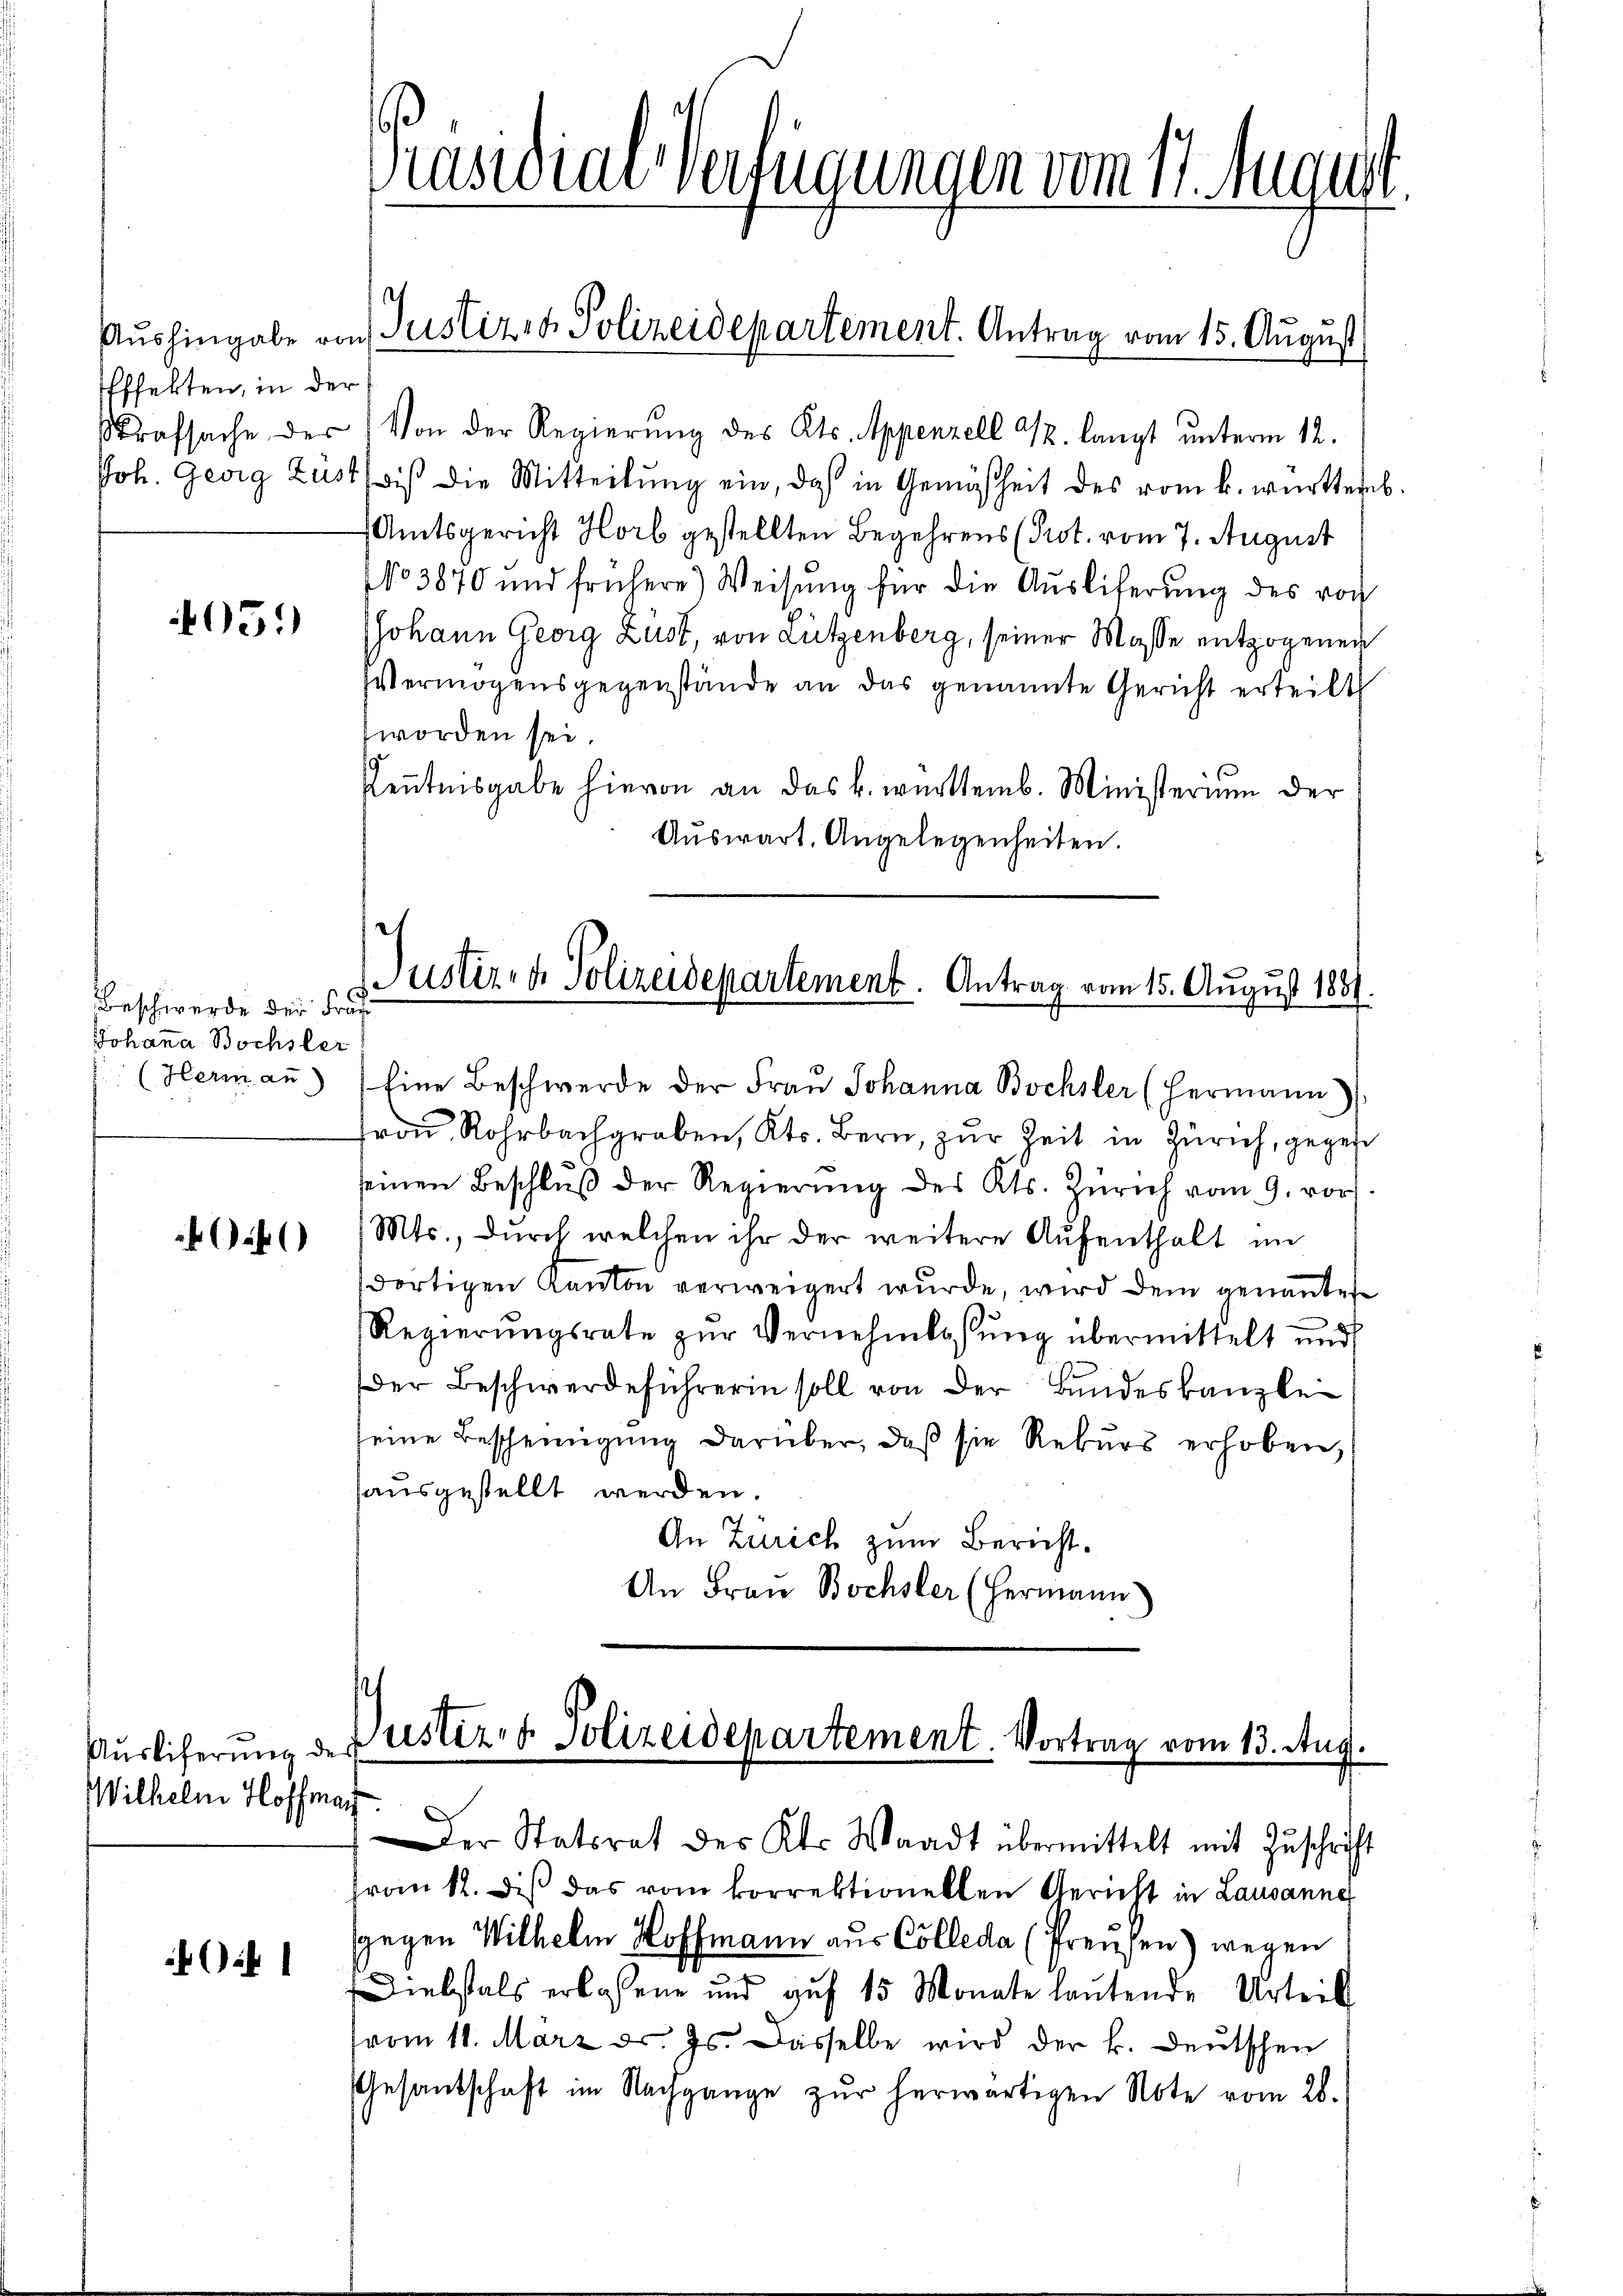
fffekten, in der

051)

Beschwerde der Fra
Johanna Bochsler

)

Auslieferung der
Wilhelm Hoffman

if 1

Präsidial-Verfügungen vom 11. August.

Strafsache der Von der Regierŭng des Kts. Appenzell u. langt unterm 12.
Joh. Georg Lust bis die Mitteilŭng ein, daß in Gemäßheit des vom k. württemb.
Amtsgericht Horb gestellten Begehrens (Prot. vom 7. August
NNo 3870 und frühere Weisŭng für die Aŭsliferŭng des von
JJohann Georg Lust, von Lützenberg, seiner Masse entzogenen
Vermögensgegenstände an das genannte Gericht erteilt
worden sei.
Kenntnisgabe hievon an das k. württemb. Ministerium der
Aŭswart. Angelegenheiten.

Aŭshingabe von Justiz- & Polizeidepartement. Antrag vom 15. August

Fron Rohrbachgraben, Kts. Bern, zur Zeit in Zürich, gegen
seinen Beschluß der Regierung des Kts. Zürich vom 9. vor
Mts., durch welchen ihr der weitere Aufenthalt im
dortigen Kanton verweigert wurde, wird dem genannte
Regierŭngsrate zŭr Vernehmlassŭng übermittelt und
der Beschwerdeführerin soll von der Bundeskanzle
eine Bescheinigung darüber, daß sie Rekurs erhoben,
sausgestellt werden.
An Zürich zum Bericht.
An Frau Bochsler (Hermann

Der Statsrat des Kts. Waadt übermittelt mit Zuschrift
frau 12. dis das vom korrektionellen Gericht in Lausanne
sgegen Wilhelm Hoffmann aus Colleda (Preusen) wegen
Diebstals erlassene und aŭf 15 Monate laŭtende Urteil
vom 11. März d. Js. dasselbe wird der k. deutschen
Gesantschaft im Nachgange zur herwärtigen Note vom 28.

Justiz- & Polizeidepartement. Antrag vom 15. August 1857.
.
(Hermaṅ (Eine Beschwerde der Frau Johanna Bochsler (Hermann

Justiz- & Polizeidepartement. Vortrag vom 13. Aug.